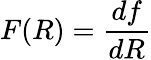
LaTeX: F(R)={\frac{df}{dR}}